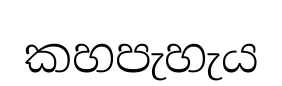
කහපැහැය